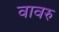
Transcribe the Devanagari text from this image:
वावरु